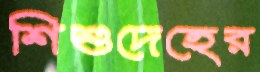
শিশুদেহের